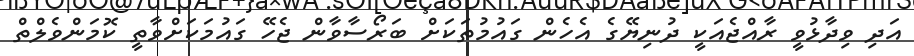
އަދި ވިދާޅުވީ ރާއްޖެއަކީ ދުނިޔޭގެ އެހެން ގައުމުތަކަށް ބަރޯސާވާން ޖެހޭ ގައުމަކަށްވާތީ ކޮމަންވެލްތް